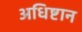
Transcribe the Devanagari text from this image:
अधिष्टान